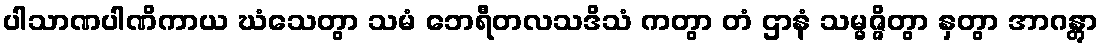
ပါသာဏပါဏိကာယ ဃံသေတွာ သမံ ဘေရီတလသဒိသံ ကတွာ တံ ဌာနံ သမ္မဇ္ဇိတွာ နှတွာ အာဂန္တွာ